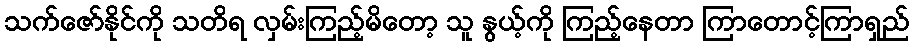
သက်ဇော်နိုင်ကို သတိရ လှမ်းကြည့်မိတော့ သူ နွယ့်ကို ကြည့်နေတာ ကြာတောင့်ကြာရှည်